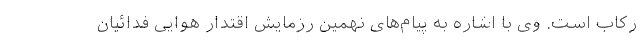
رکاب است. وی با اشاره به پیام‌های نهمین رزمایش اقتدار هوایی فدائیان